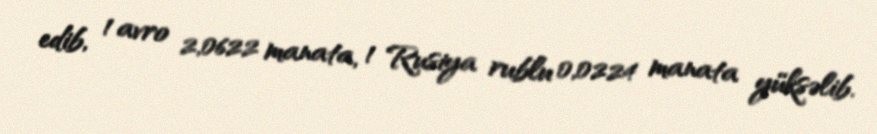
edib, 1 avro 2,0622 manata, 1 Rusiya rublu 0,0224 manata yüksəlib.